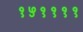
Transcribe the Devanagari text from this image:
१५११११